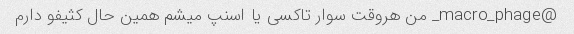
@macro_phage_ من هروقت سوار تاکسی یا اسنپ میشم همین حال کثیفو دارم